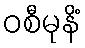
ဝစီမုနိံ